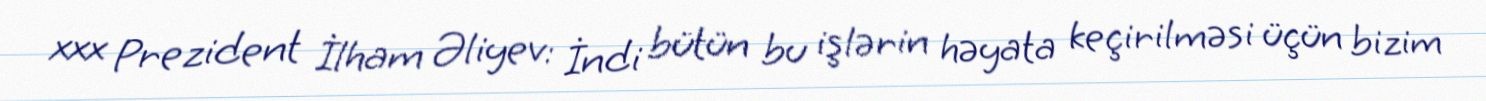
xxx Prezident İlham Əliyev: İndi bütün bu işlərin həyata keçirilməsi üçün bizim